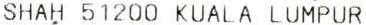
SHAH 51200 KUALA LUMPUR